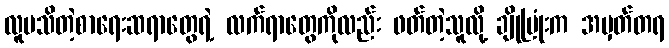
လူမသိတဲ့စာရေးဆရာတွေရဲ့ လက်ရာတွေကိုလည်း ဖတ်တဲ့သူလို့ ချိုပြုံးက အမှတ်တရ